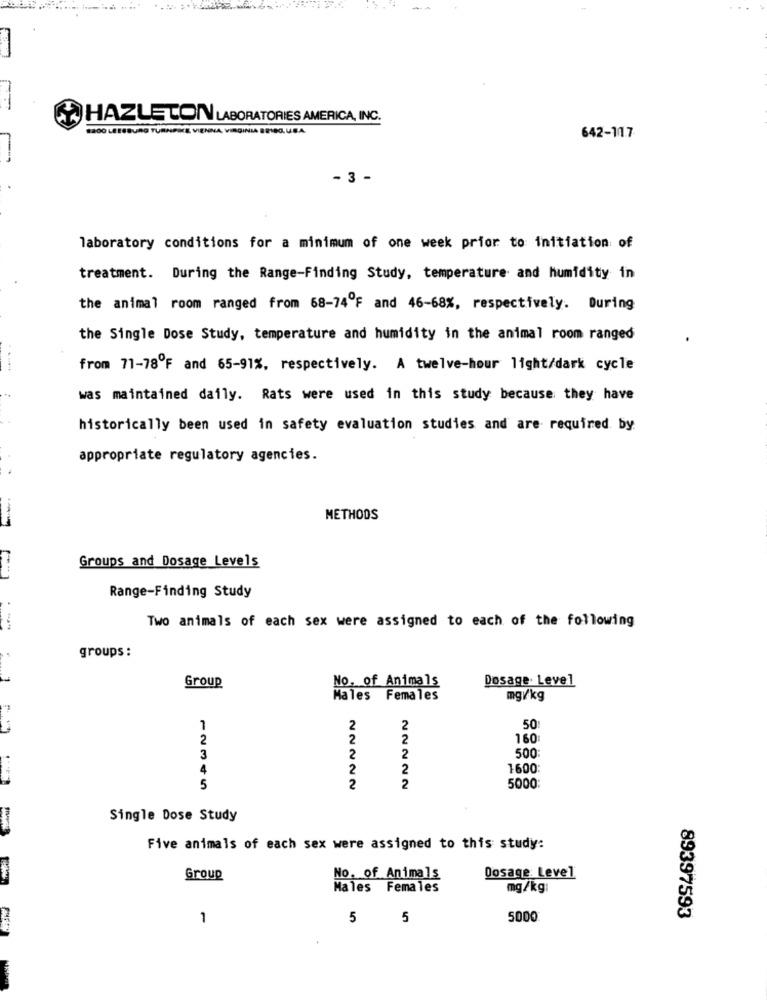
HAZLETON LABORATORIES AMERICA, INC.
1400 LEESBURG TURNPIKE VIENNA VIRGINIA BEIBO. USA
642-11.7
- 3 -
laboratory conditions for a minimum of one week prior to initiation of
treatment. During the Range-Finding Study, temperature and humidity in
the animal room ranged from 68-74ºF and 46-68%, respectively. During
the Single Dose Study, temperature and humidity in the animal room ranged
from 71-78ºF and 65-91%, respectively. A twelve-hour light/dark cycle
was maintained daily. Rats were used in this study because they have
historically been used in safety evaluation studies and are required by
appropriate regulatory agencies.
METHODS
---
Groups and Dosage Levels
Range-Finding Study
Two animals of each sex were assigned to each of the following
groups :
No. of Animals
Dosage. Level
Group
Males Females
mg/kg
7
2
2
50
2
2
2
160
3
2
2
500
4
2
2
1600
5
2
2
5000
Single Dose Study
Five animals of each sex were assigned to this study:
Group
No. of Animals
Dosage Level
Males Females
mg/kg:
1
5
5
5000
89397593